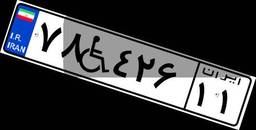
۷۸W۴۲۶۱۱